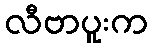
လီဗာပူးက